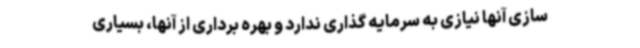
سازی آنها نیازی به سرمایه گذاری ندارد و بهره برداری از آنها، بسیاری